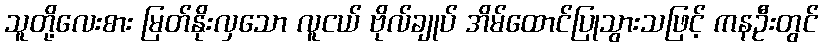
သူတို့လေးစား မြတ်နိုးလှသော လူငယ် ဗိုလ်ချုပ် အိမ်ထောင်ပြုသွားသဖြင့် ကနဦးတွင်